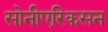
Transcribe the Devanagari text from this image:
सोनीएरिकसन